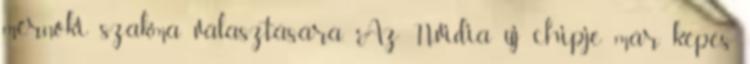
mérnöki szakma választására. Az Nvidia új chipje már képes